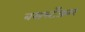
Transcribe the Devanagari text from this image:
बसस्टँडवर